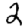
Digit: 2